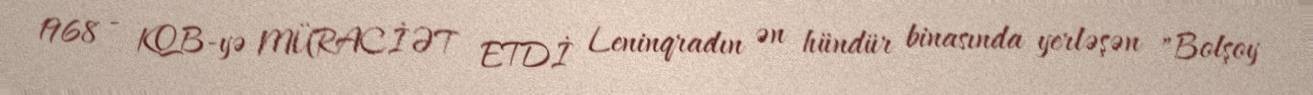
1968 - KQB-yə MÜRACİƏT ETDİ Leninqradın ən hündür binasında yerləşən "Bolşoy